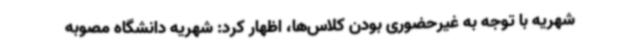
شهریه با توجه به غیرحضوری بودن کلاس‌ها، اظهار کرد: شهریه دانشگاه مصوبه